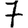
Digit: 7